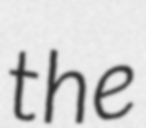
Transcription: the